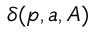
\delta ( p , a , A )